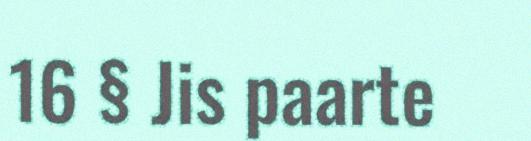
16 § Jis paarte